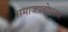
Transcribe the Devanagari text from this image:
समाजप्रबोधनपर